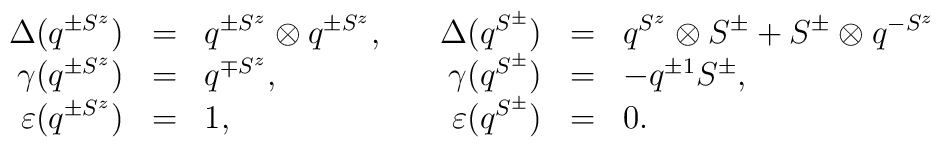
\begin{array}{rclrcl}  \Delta (q^{\pm S^z}) &=& q^{\pm S^z}\otimes q^{\pm S^z},\quad &  \Delta (q^{S^\pm}) &=& q^{S^z}\otimes S^\pm + S^\pm\otimes q^{-S^z} \\  {\gamma } (q^{\pm S^z}) &=& q^{\mp S^z}, &  {\gamma } (q^{S^\pm}) &=& -q^{\pm 1} S^\pm, \\  \varepsilon (q^{\pm S^z}) &=& 1, &  \varepsilon (q^{S^\pm}) &=& 0.\end{array}